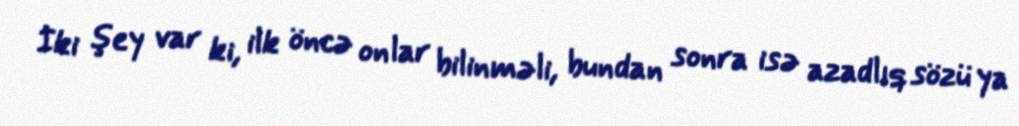
İki şey var ki, ilk öncə onlar bilinməli, bundan sonra isə azadlıq sözü ya